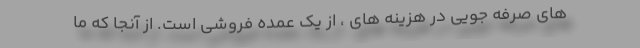
های صرفه جویی در هزینه های ، از یک عمده فروشی است. از آنجا که ما